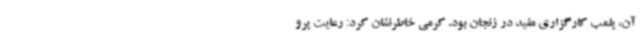
آن، پلمب کارگزاری مفید در زنجان بود. کرمی خاطرنشان کرد: رعایت پرو